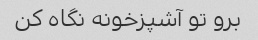
برو تو آشپزخونه نگاه کن